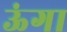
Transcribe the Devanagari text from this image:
ऊंगा